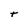
Character: t